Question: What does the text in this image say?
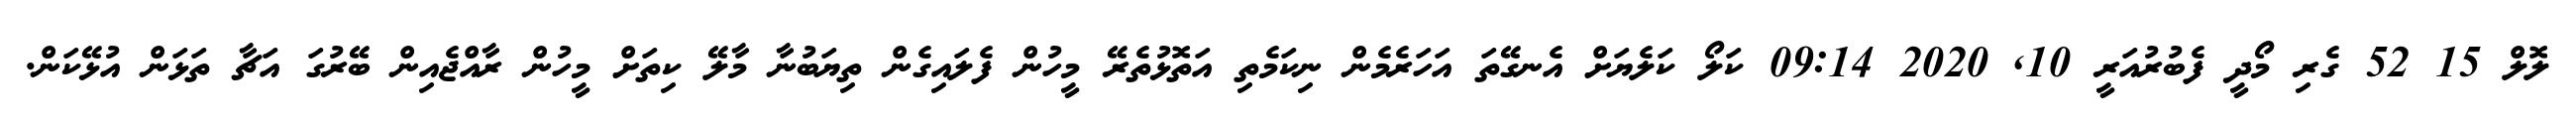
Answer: ލޮލް 15 52 ގެރި މޯދީ ފެބުރުއަރީ 10, 2020 09:14 ކަލޯ ކަލެޔަށް އެނގޭތަ އަހަރެމެން ނިކަމެތި އަތޮޅުތެރޭ މީހުން ފެލައިގެން ތިޔަބުނާ މާލޭ ކިތަށް މީހުން ރާއްޖެއިން ބޭރުގަ އަޗާ ތަޅަން އުޅޭކަން.